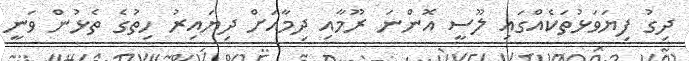
ދިގު ފިޔަވަޅުތަކެއްގައި ލޫސީ އޮންނަ ރޫމާއި ދިމާއަށް ދިޔައިރު ހިތުގެ ތެޅުން ވަނީ